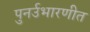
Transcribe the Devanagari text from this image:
पुनर्उभारणीत